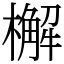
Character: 檞